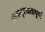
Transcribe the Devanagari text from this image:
असादृश्यतापूर्ण